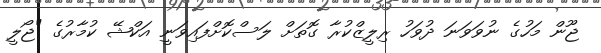
ޖޫން މަހުގެ ނުވަވަނަ ދުވަހު ރިލީޒްކުރާ ގޮތަށް ލަސްކޮށްފައިވަނީ އަކްޝޭ ކުމާރުގެ "ޖޯލީ